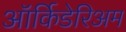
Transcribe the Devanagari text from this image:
ऑर्किडेरिअम